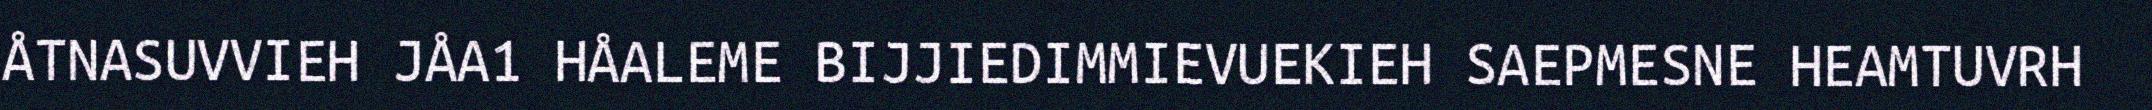
ÅTNASUVVIEH JÅA1 HÅALEME BIJJIEDIMMIEVUEKIEH SAEPMESNE HEAMTUVRH